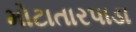
મોટાતારપાડા